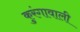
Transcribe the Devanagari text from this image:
कुरंगावाली